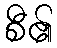
စီ၏